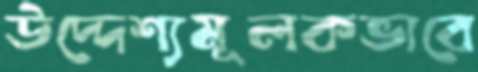
উদ্দেশ্যমূলকভাবে